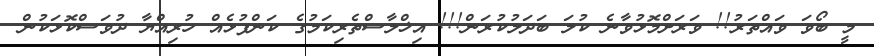
މީ ބޯވަ ވައްތަރު!! ވަރަށްމޮޅުވާނެ ކުލަ ބަދަލުކުރަން!!! އިޚްލާސްތެރިކަމުގެ ކަންފުޅެއް ހުރިއްޔާ ދުވަސްކޮޅަކުން